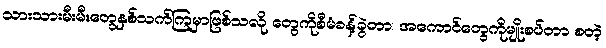
သားသားမီးမီးတွေနှစ်သက်ကြမှာဖြစ်သလို တွေကိုစီမံခန့်ခွဲတာ၊ အကောင်တွေကိုမျိုးစပ်တာ စတဲ့